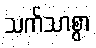
သက်သာစွာ